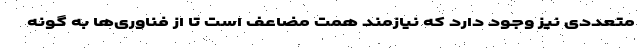
متعددی نیز وجود دارد که نیازمند همت مضاعف است تا از فناوری‌ها به گونه